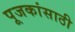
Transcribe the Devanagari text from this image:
पूजकांसाठी